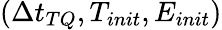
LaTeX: \left(\Delta t_{TQ},T_{init},E_{init}\right)